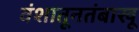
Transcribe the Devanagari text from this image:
वंशातूनतंबाखू